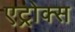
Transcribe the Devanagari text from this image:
एट्रोक्स